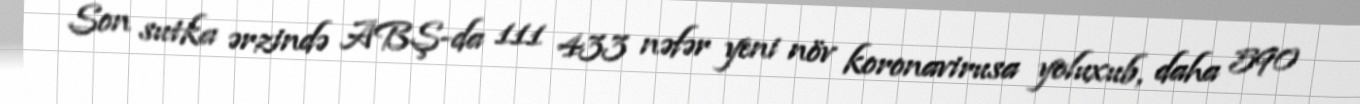
Son sutka ərzində ABŞ-da 111 433 nəfər yeni növ koronavirusa yoluxub, daha 590